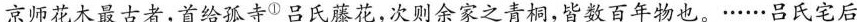
京师花木最古者，首给孤寺$$^{Φ}$$吕氏藤花，次则余家之青桐，皆数百年物也。……吕氏宅后